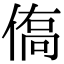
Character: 𬾿